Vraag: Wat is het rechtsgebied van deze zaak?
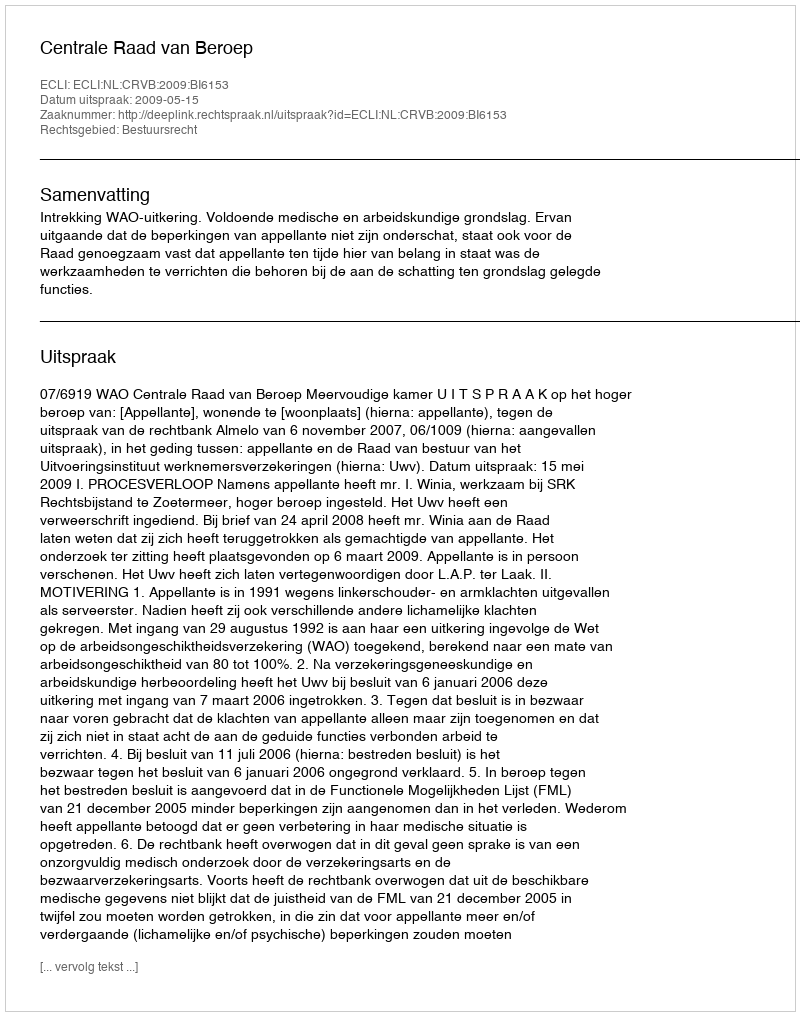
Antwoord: Bestuursrecht